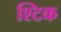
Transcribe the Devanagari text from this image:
श्टिक